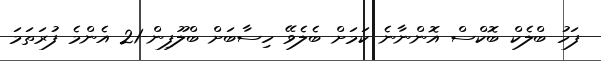
ފަހު ބްލެކް ބޮކްސް އޮޮންނާނެ ކަމަށް ބެލެވޭ ހިސާބަށް ބްލޫފިން-21 އެންމެ ފުރަތަމަ